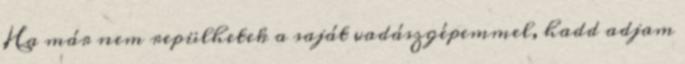
Ha már nem repülhetek a saját vadászgépemmel, hadd adjam